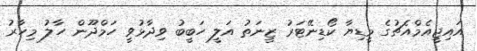
އައިޖީއެމްއެޗުގެ މީޑިޔާ ކޯޑިނޭޓަރު ޒީނަތު އަލީ ހަބީބު ވިދާޅުވީ ހަމްދޫން ހާލު މިހާރު